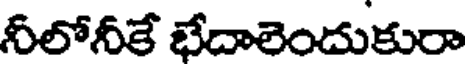
నీలోనీకే భేదాలెందుకురా